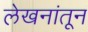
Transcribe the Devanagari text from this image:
लेखनांतून